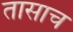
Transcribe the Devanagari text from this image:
तासाच